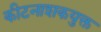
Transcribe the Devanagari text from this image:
कीटनाशकयुक्त